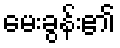
မေးခွန်း၏